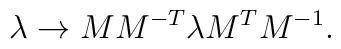
\lambda\to MM^{-T}\lambda M^TM^{-1}.